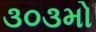
૩૦૩મો